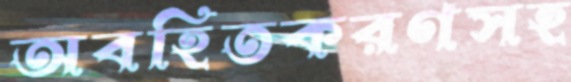
অবহিতকরণসহ